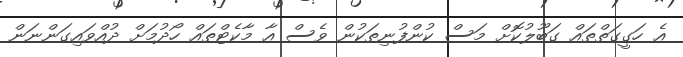
އެ ހަގީގަތްތައް ގަބޫލުކޮށް މަސް ކުންފުނިތަކުން ވެސް އާ މާކެޓްތައް ހޯދުމަށް ދުއްވައިގަންނަން